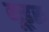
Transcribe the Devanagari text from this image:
गूड्स